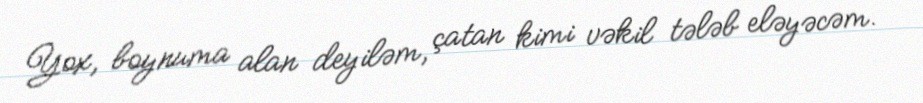
Yox, boynuma alan deyiləm, çatan kimi vəkil tələb eləyəcəm.